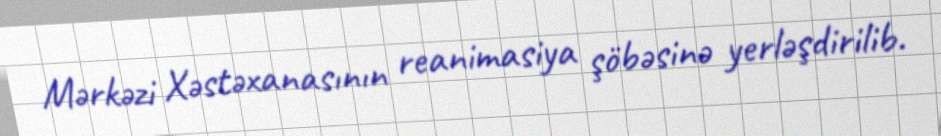
Mərkəzi Xəstəxanasının reanimasiya şöbəsinə yerləşdirilib.